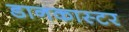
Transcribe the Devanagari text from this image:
डानकास्टर